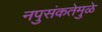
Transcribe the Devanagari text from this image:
नपुसंकतेमुळे